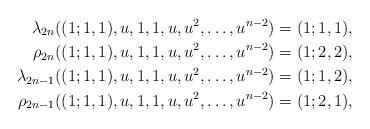
LaTeX: \begin{align*}\lambda_{2n}((1;1,1),u,1,1,u,u^2,\ldots,u^{n-2})&=(1;1,1),\\\rho_{2n}((1;1,1),u,1,1,u,u^2,\ldots,u^{n-2})&=(1;2,2),\\\lambda_{2n-1}((1;1,1),u,1,1,u,u^2,\ldots,u^{n-2})&=(1;1,2),\\\rho_{2n-1}((1;1,1),u,1,1,u,u^2,\ldots,u^{n-2})&=(1;2,1),\end{align*}